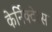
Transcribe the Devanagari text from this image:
केर्निक्टेरस